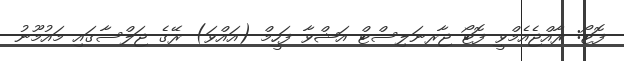
ފޮޓޯ: ރާއްޖެއެމްވީ ފޮޓޯ ޖާރނަލިސްޓް އަޝްވާ ފަހީމް (އައްވަ) ރޭގެ ޖަލްސާގައި މައުމޫނު